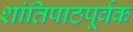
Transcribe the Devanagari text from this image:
शांतिपाठपूर्वक